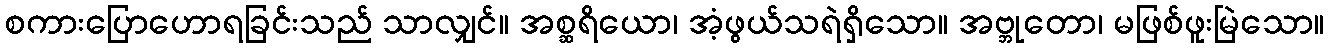
စကားပြောဟောရခြင်းသည် သာလျှင်။ အစ္ဆရိယော၊ အံ့ဖွယ်သရဲရှိသော။ အဗ္ဘုတော၊ မဖြစ်ဖူးမြဲသော။